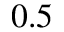
0 . 5